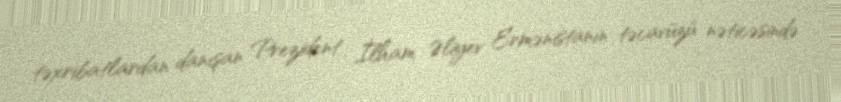
təxribatlardan danışan Prezident İlham Əliyev Ermənistanın təcavüzü nəticəsində